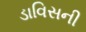
ડાવિસની